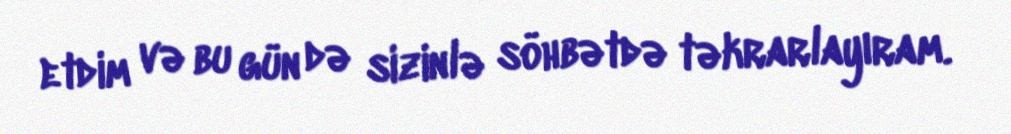
etdim və bu gün də sizinlə söhbətdə təkrarlayıram.